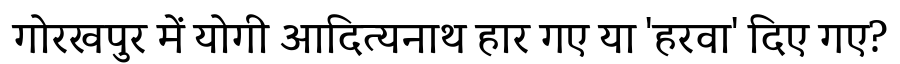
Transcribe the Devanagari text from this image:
गोरखपुर में योगी आदित्यनाथ हार गए या 'हरवा' दिए गए?